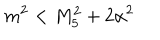
LaTeX: m ^ { 2 } < M _ { 5 } ^ { 2 } + 2 \alpha ^ { 2 }